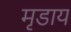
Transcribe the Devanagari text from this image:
मृडाय